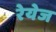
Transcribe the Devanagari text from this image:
रेयेज